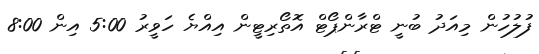
ފުލުހުން މިއަދު ބުނީ ޓްރާންޕޯޓް އޮތޯރިޓީން އިއްޔެ ހަވީރު 5:00 އިން 8:00